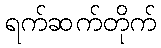
ရက်ဆက်တိုက်